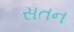
સતન